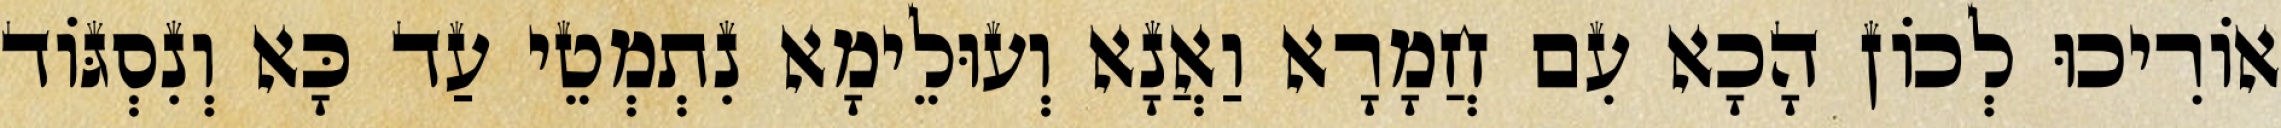
אוֹרִיכוּ לְכוֹן הָכָא עִם חֲמָרָא וַאֲנָא וְעוּלֵימָא נִתְמְטֵי עַד כָּא וְנִסְגּוֹד